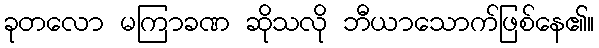
ခုတလော မကြာခဏ ဆိုသလို ဘီယာသောက်ဖြစ်နေ၏။